Medical and sanitary report on the native army of Bombay for the year
Year: 1878
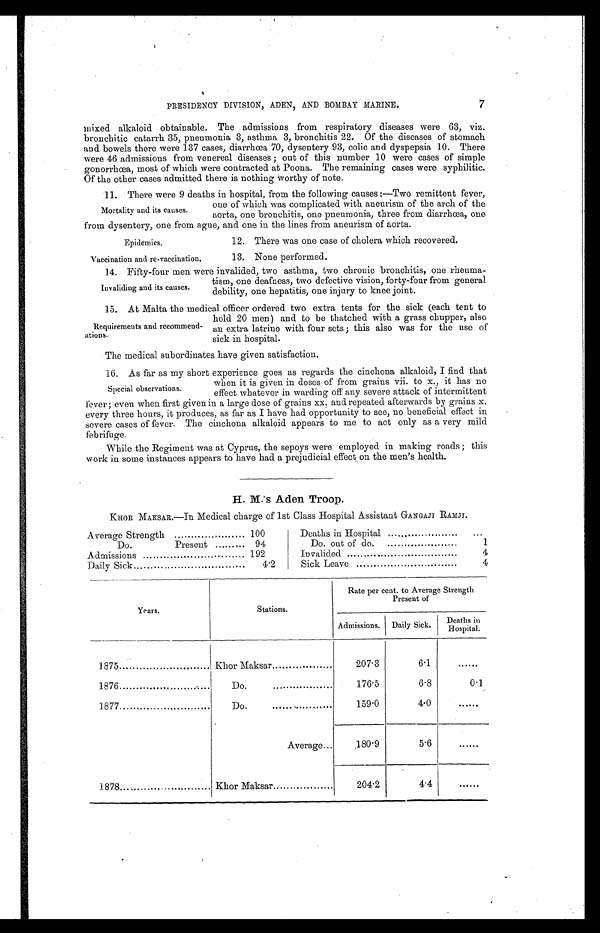
PRESIDENCY DIVISION, ADEN, AND BOMBAY MARINE.
7
mixed alkaloid obtainable. The admissions from respiratory diseases were 63, viz.
bronchitic catarrh 35, pneumonia 3, asthma 3, bronchitis 22. Of the diseases of stomach
and bowels there were 137 cases, diarrhœa 70, dysentery 93, colic and dyspepsia 10. There
were 46 admissions from venereal diseases ; out of this number 10 were cases of simple
gonorrhœa, most of which were contracted at Poona. The remaining cases were syphilitic.
Of the other cases admitted there is nothing Worthy of note.
11. There were 9 deaths in hospital, from the following causes :—Two remittent fever,
Mortality and its causes.
one of which was complicated with aneurism of the arch of the
aorta, one bronchitis, one pneumonia, three from diarrhœa, one
from dysentery, one from ague, and one in the lines from aneurism of aorta.
Epidemics.
Vaccination and re-vaccination,
12. There was one case of cholera which recovered.
13. None performed.
14. Fifty-four men were invalided, two asthma, two chronic bronchitis, one rheuma-
Invaliding and its causes.
tism, one deafness, two defective vision, forty-four from general
debility, one hepatitis, one injury to knee joint.
15. At Malta the medical officer ordered two extra tents for the sick (each tent to
Requirements and recommend-
ations.
hold 20 men) and to be thatched with a grass chupper, also
an extra latrine with four sets; this also was for the use of
sick in hospital.
The medical subordinates have given satisfaction.
16. As far as my short experience goes as regards the cinchona alkaloid, I find that
Special observations.
when it is given in doses of from grains vii. to x., it has no
effect whatever in warding off any severe attack of intermittent
fever; even when first given in a large dose of grains xx. and repeated afterwards by grains x.
every three hours, it produces, as far as I have had opportunity to see, no beneficial effect in
severe cases of fever. The cinchona alkaloid appears to me to act only as a very mild
febrifuge.
While the Regiment was at Cyprus, the sepoys were employed in making roads ; this
work in some instances appears to have had a prejudicial effect on the men's health.
H. M.'s Aden Troop.
KHOR MAKSAR.—In Medical charge of 1st Class Hospital Assistant GANGAJI RAMJI.
Average Strength
100
Deaths in Hospital
. . .
Do.
Present ......... 94
Do. out of do.
1
Admissions
192
Invalided
.
4
Daily Sick
4.2
Sick Leave
4
Years.
Stations.
Rate per cent. to Average Strength
Present of
Admissions. Daily Sick.
Deat hs i n
Hospital.
1875
Khor Maksar
207.3
6.1
......
1876
•
Do.
176.5
6.8
0.1
1877
Do.
159.0
4.0
......
1878....
Average...
180.9
5.6
......
Khor Maksar
204.2
4.4